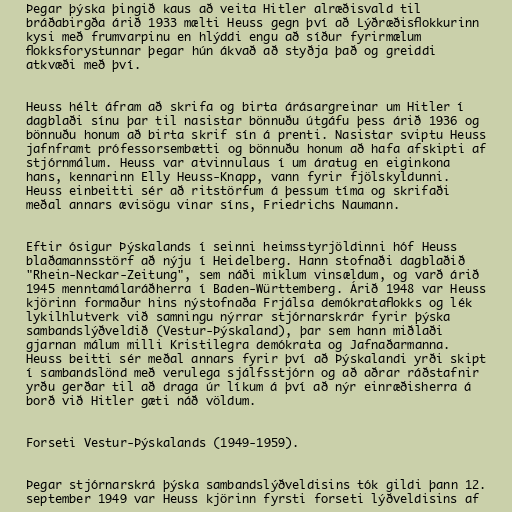
Þegar þýska þingið kaus að veita Hitler alræðisvald til
bráðabirgða árið 1933 mælti Heuss gegn því að Lýðræðisflokkurinn
kysi með frumvarpinu en hlýddi engu að síður fyrirmælum
flokksforystunnar þegar hún ákvað að styðja það og greiddi
atkvæði með því.

Heuss hélt áfram að skrifa og birta árásargreinar um Hitler í
dagblaði sínu þar til nasistar bönnuðu útgáfu þess árið 1936 og
bönnuðu honum að birta skrif sín á prenti. Nasistar sviptu Heuss
jafnframt prófessorsembætti og bönnuðu honum að hafa afskipti af
stjórnmálum. Heuss var atvinnulaus í um áratug en eiginkona
hans, kennarinn Elly Heuss-Knapp, vann fyrir fjölskyldunni.
Heuss einbeitti sér að ritstörfum á þessum tíma og skrifaði
meðal annars ævisögu vinar síns, Friedrichs Naumann.

Eftir ósigur Þýskalands í seinni heimsstyrjöldinni hóf Heuss
blaðamannsstörf að nýju í Heidelberg. Hann stofnaði dagblaðið
"Rhein-Neckar-Zeitung", sem náði miklum vinsældum, og varð árið
1945 menntamálaráðherra í Baden-Württemberg. Árið 1948 var Heuss
kjörinn formaður hins nýstofnaða Frjálsa demókrataflokks og lék
lykilhlutverk við samningu nýrrar stjórnarskrár fyrir þýska
sambandslýðveldið (Vestur-Þýskaland), þar sem hann miðlaði
gjarnan málum milli Kristilegra demókrata og Jafnaðarmanna.
Heuss beitti sér meðal annars fyrir því að Þýskalandi yrði skipt
í sambandslönd með verulega sjálfsstjórn og að aðrar ráðstafnir
yrðu gerðar til að draga úr líkum á því að nýr einræðisherra á
borð við Hitler gæti náð völdum.

Forseti Vestur-Þýskalands (1949-1959).

Þegar stjórnarskrá þýska sambandslýðveldisins tók gildi þann 12.
september 1949 var Heuss kjörinn fyrsti forseti lýðveldisins af